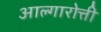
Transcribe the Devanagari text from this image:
आल्गारोत्ती